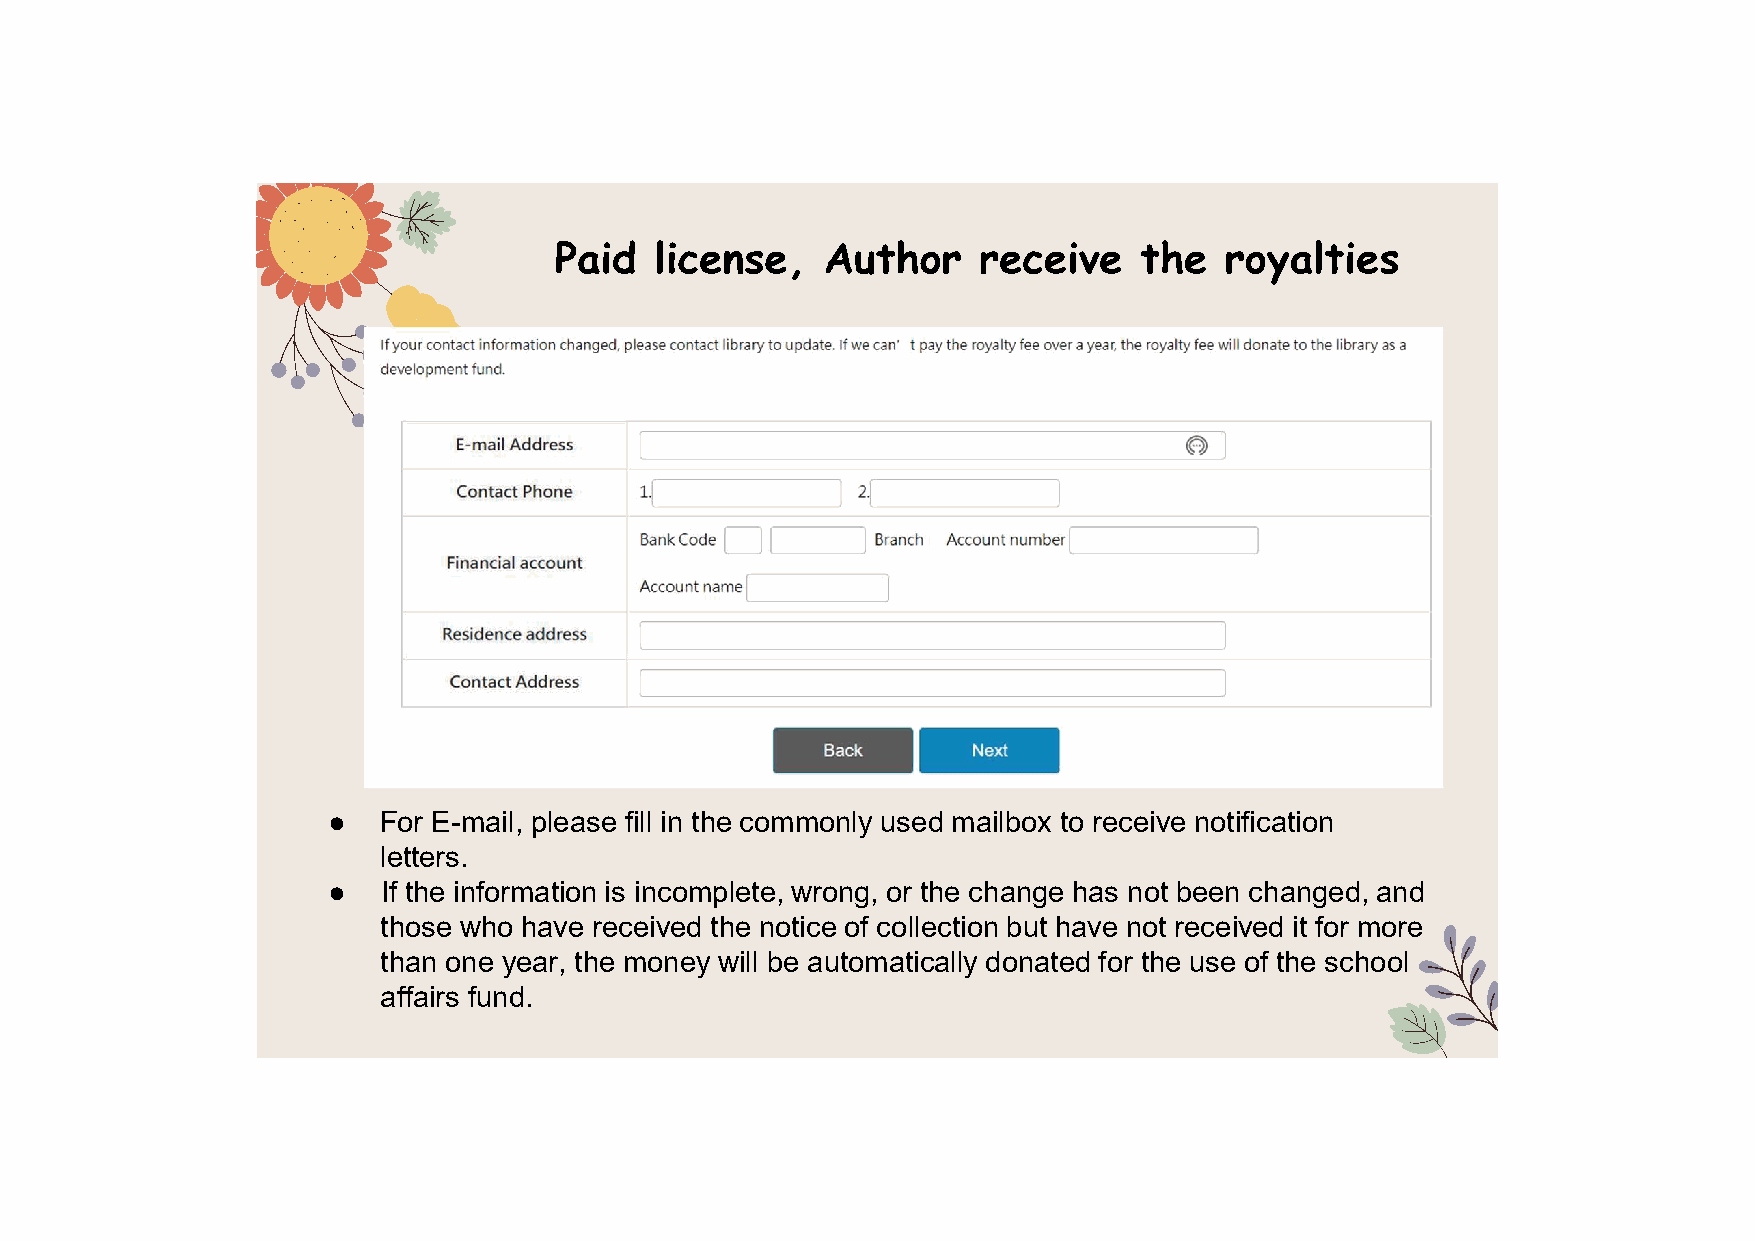
●  For E-mail, please fill in the commonly used mailbox to receive notification
 letters.
 ●  If the information is incomplete, wrong, or the change has not been changed, and
 those who have received the notice of collection but have not received it for more
 than one year, the money will be automatically donated for the use of the school
 affairs fund.